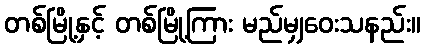
တစ်မြို့နှင့် တစ်မြို့ကြား မည်မျှဝေးသနည်း။